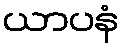
ယာပနံ